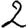
Digit: 2